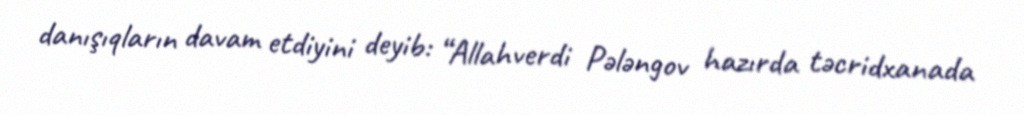
danışıqların davam etdiyini deyib: “Allahverdi Pələngov hazırda təcridxanada